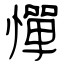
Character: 憚